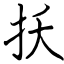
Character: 扷